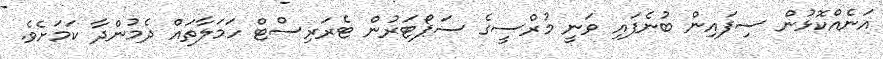
އަނެއްކޮޅުން ސިފައިން ބުނެފައި ވަނީ މުރްސީގެ ސަޕޯޓަރުން ޓެރަރިސްޓް ހަމަލާތައް ދެމުންދާ ކަމަށެވެ.